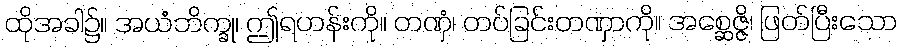
ထိုအခါ၌။ အယံဘိက္ခု၊ ဤရဟန်းကို။ တဏှံ၊ တပ်ခြင်းတဏှာကို။ အစ္ဆေဇ္ဇိ၊ ဖြတ်ပြီးသော